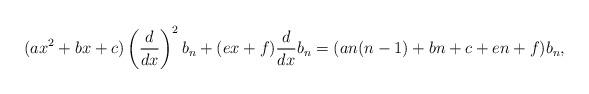
LaTeX: \begin{align*}(ax^2+bx+c)\left( \dfrac{d}{dx} \right)^2 b_n + (ex+f)\dfrac{d}{dx}b_n = (an(n-1)+bn+c+en+f)b_n, \end{align*}